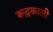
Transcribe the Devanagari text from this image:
रूद्रकाली